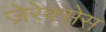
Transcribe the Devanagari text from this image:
ज़ेरेक्सेस